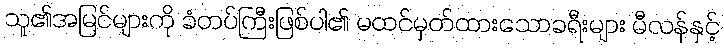
သူ၏အမြင်များကို ခံတပ်ကြီးဖြစ်ပါ၏ မထင်မှတ်ထားသောခရီးများ မီလန်နှင့်